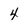
Character: 4